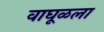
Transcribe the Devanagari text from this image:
वाघूळला